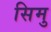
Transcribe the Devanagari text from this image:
सिमु